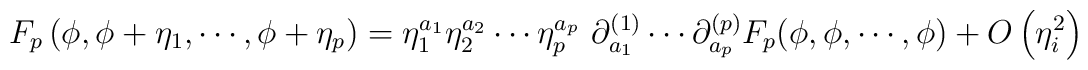
F_p  \left( \phi, \phi + \eta_1, \cdots, \phi + \eta_p \right) = \eta^{a_1}_1 \eta^{a_2}_2 \cdots  \eta^{a_p}_p\, \, \partial^{(1)}_{a_1} \cdots \partial^{(p)}_{a_p}F_p (\phi, \phi, \cdots, \phi) + O \left(\eta^2_i \right)